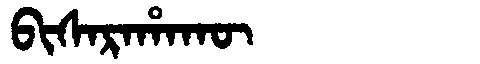
Manchu: ᠪᡳᠰᠠᡵᠠᡥᠠᡴᡡ
Romanization: BISARAHAKŪ